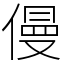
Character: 僈